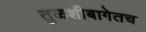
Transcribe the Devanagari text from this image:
तुळशीबागेतच